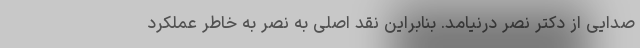
صدایی از دکتر نصر درنیامد. بنابراین نقد اصلی به نصر به خاطر عملکرد